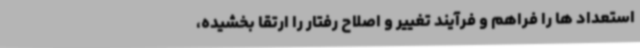
استعداد ها را فراهم و فرآیند تغییر و اصلاح رفتار را ارتقا بخشیده،